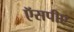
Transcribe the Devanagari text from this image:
ऍसपीए